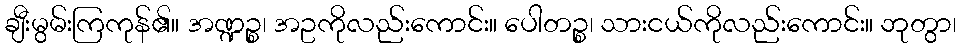
ချီးမွမ်းကြကုန်၏။ အဏ္ဍဉ္စ၊ အဥကိုလည်းကောင်း။ ပေါတဉ္စ၊ သားငယ်ကိုလည်းကောင်း။ ဘုတွာ၊